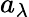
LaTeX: a_{\lambda}